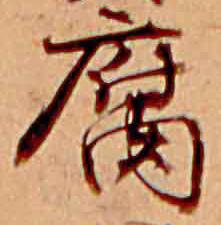
腐